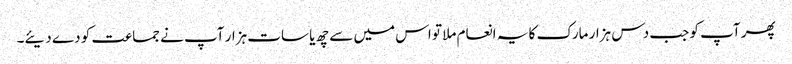
پھر آپ کو جب دس ہزار مارک کا یہ انعام ملا تو اس میں سے چھ یا سات ہزار آپ نے جماعت کو دے دیئے۔